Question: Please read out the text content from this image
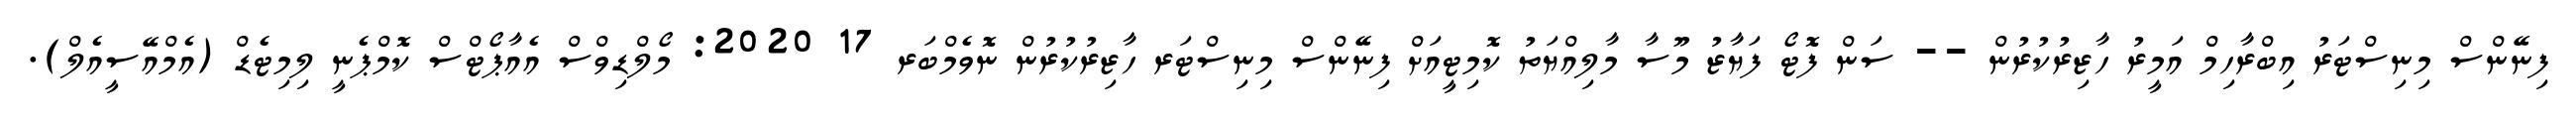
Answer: ފިނޭންސް މިނިސްޓަރު އިބްރާހިމް އަމީރު ހާޒިރުކުރުން -- ސަން ފޮޓޯ ފަޔާޒު މޫސާ މާލިއްޔަތު ކޮމިޓީއަށް ފިނޭންސް މިނިސްޓަރ ހާޒިރުކުރުން ނޮވެމްބަރ 17 2020: މޯލްޑިވްސް އެއާޕޯޓްސް ކޮމްޕެނީ ލިމިޓެޑް (އެމްއޭސީއެލް).